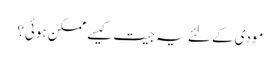
مودی کے لئے یہ جیت کیسے ممکن ہوئی؟